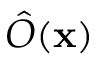
\hat { O } ( \mathbf { x } )